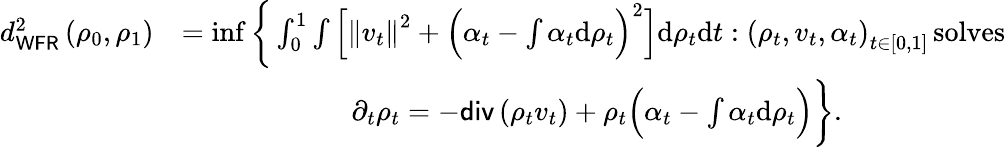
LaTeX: \begin{array}{rl}{d_{\mathsf{WFR}}^{2}\left(\rho_{0},\rho_{1}\right)}&{=\operatorname*{inf}\bigg\{ \int_{0}^{1}\int\Big[\left\Vert v_{t}\right\Vert^{2}+\Big(\alpha_{t}-\int\alpha_{t}\mathrm{d}\rho_{t}\Big)^{2}\Big]\mathrm{d}\rho_{t}\mathrm{d}t:\left(\rho_{t},v_{t},\alpha_{t}\right)_{t\in[0,1]}\, \mathrm{solves}}\\ &{\qquad\qquad\qquad\partial_{t}\rho_{t}=-\mathsf{div}\left(\rho_{t}v_{t}\right)+\rho_{t}\Big(\alpha_{t}-\int\alpha_{t}\mathrm{d}\rho_{t}\Big)\bigg\} .}\end{array}